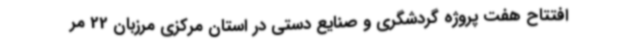
افتتاح هفت پروژه گردشگری و صنایع دستی در استان مرکزی مرزبان 22 مر